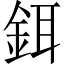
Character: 鉺